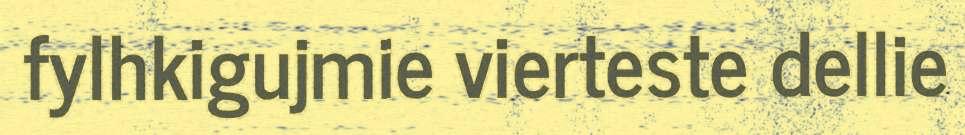
fylhkigujmie vierteste dellie